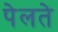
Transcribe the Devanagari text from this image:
पेलते